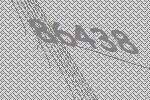
86438